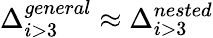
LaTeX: \Delta_{i>3}^{general}\approx\Delta_{i>3}^{nested}